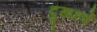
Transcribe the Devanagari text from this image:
दुखहर्त्रे